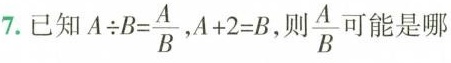
7.已知 $$A \div B= \frac{ A } { B }$$ 。 $$A + 2 = B$$，则 \frac{A}{B} 可能是哪